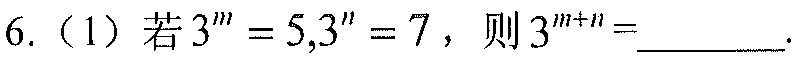
6.（1）若\(3^{m}=5,3^{n}=7\)，则\(3^{m + n}=\underline{\quad\quad}\).